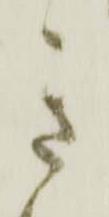
き